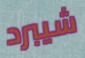
شيبرد